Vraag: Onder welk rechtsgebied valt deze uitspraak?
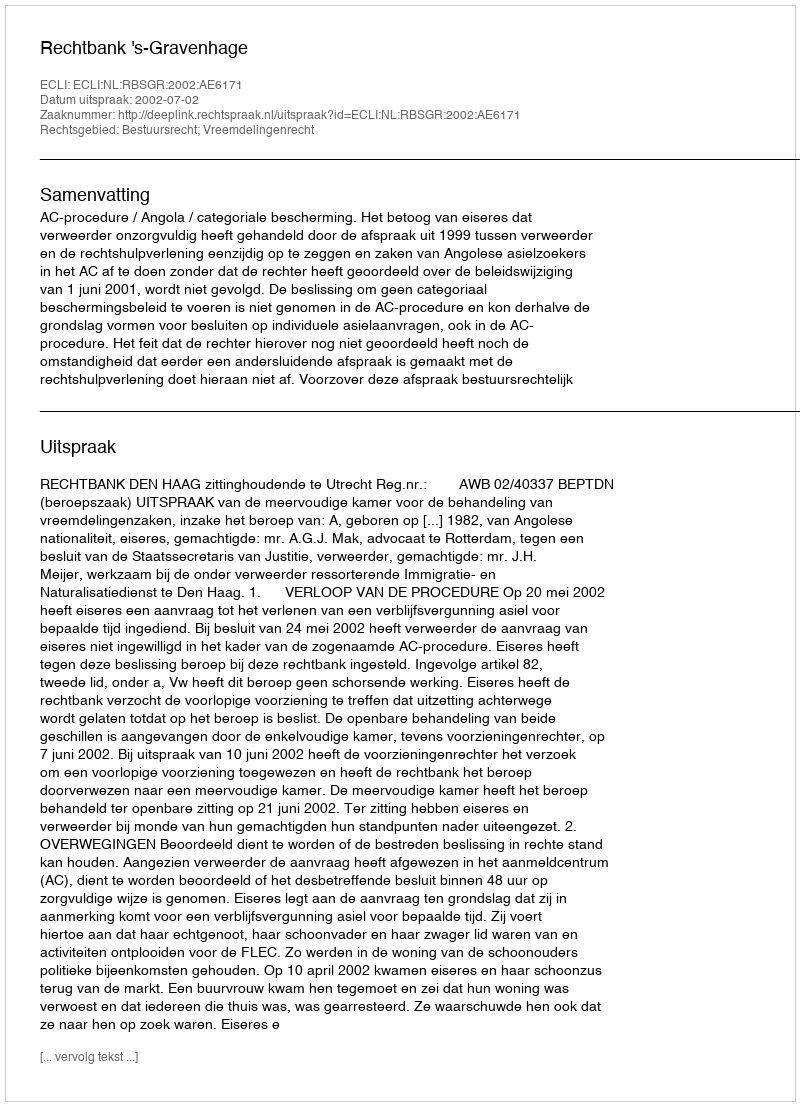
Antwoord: Bestuursrecht; Vreemdelingenrecht